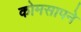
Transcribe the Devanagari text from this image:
कोमसापने